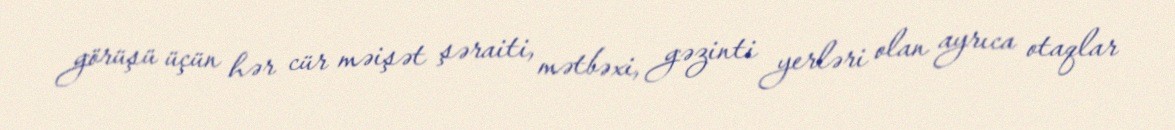
görüşü üçün hər cür məişət şəraiti, mətbəxi, gəzinti yerləri olan ayrıca otaqlar